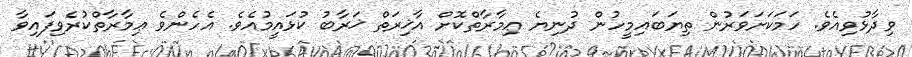
ވިދާޅުވިއެވެ. ހަމަކަށަވަރުން ތިޔަބައިމީހުން ދުނިޔެ ޢިމާރާތްކޮށް އާޚިރަތް ޚަރާބު ކުޅައީމުއެވެ. އެހެންވެ ޢިމާރާތްކުރެވިފައިވާ